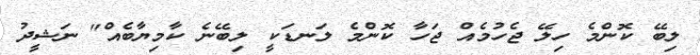
ލިބޭ ކޮންމެ ހިލޭ ޖެހުމެއް ޖަހާ ކޮންމެ ލަނޑަކީ ލިބޭނެ ކާމިޔާބެއް" ނަޝީދު